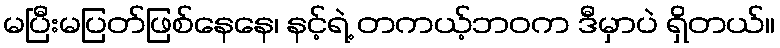
မပြီးမပြတ်ဖြစ်နေနေ၊ နင့်ရဲ့ တကယ့်ဘဝက ဒီမှာပဲ ရှိတယ်။